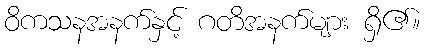
ဝိကသနအနက်နှင့် ဂတိအနက်များ ရှိ၏။